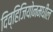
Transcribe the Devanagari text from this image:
दिव्हिजियोनमधील